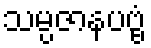
သမ္ပဇာနပဗ္ဗံ